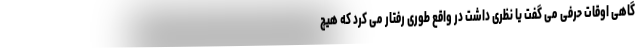
گاهی اوقات حرفی می گفت یا نظری داشت در واقع طوری رفتار می کرد که هیچ